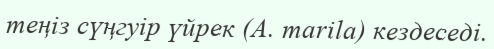
теңіз сүңгуір үйрек (A. marila) кездеседі.